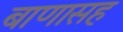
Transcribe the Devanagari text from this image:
बाणासह